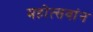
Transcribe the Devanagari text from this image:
महोत्सवांन